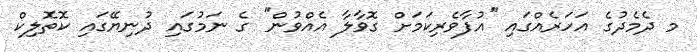
މ ދެމެދުގެ އަހަރެއްގައި ''އުފާވެރިކަމަށް ގޮވާލާ އެއްވުން'' ގެ ނަމުގައި ދުނިޔޭގައި ކޮތޮލިކް